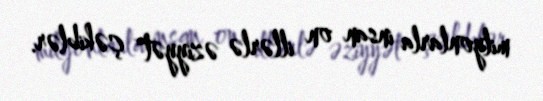
milyonlarla insan on illərlə əziyyət çəkiblər.